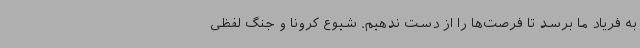
به فریاد ما برسد تا فرصت‌ها را از دست ندهیم. شیوع کرونا و جنگ لفظی